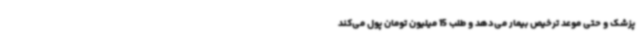
پزشک و حتی موعد ترخیص بیمار می‌دهد و طلب 15 میلیون تومان پول می‌کند